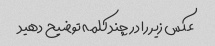
عکس زیر را در چند کلمه توضیح دهید